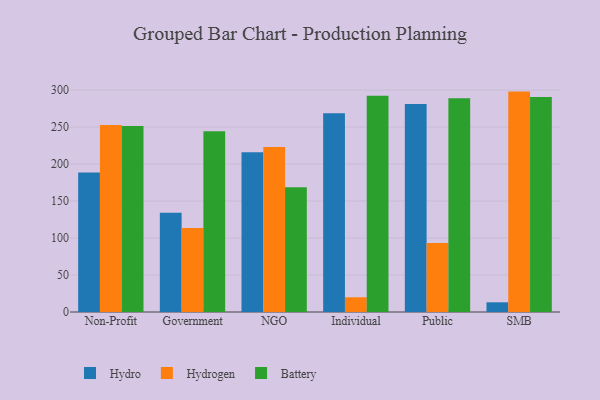
{"axis": {"x": "Segment", "y": "Latency (ms)"}, "legend": ["Battery", "Hydro", "Hydrogen"], "data": [{"x": "Non-Profit", "y": 188.4, "type": "Hydro"}, {"x": "Non-Profit", "y": 252.8, "type": "Hydrogen"}, {"x": "Non-Profit", "y": 251.4, "type": "Battery"}, {"x": "Government", "y": 134.3, "type": "Hydro"}, {"x": "Government", "y": 113.4, "type": "Hydrogen"}, {"x": "Government", "y": 244.2, "type": "Battery"}, {"x": "NGO", "y": 215.8, "type": "Hydro"}, {"x": "NGO", "y": 223.1, "type": "Hydrogen"}, {"x": "NGO", "y": 168.7, "type": "Battery"}, {"x": "Individual", "y": 268.8, "type": "Hydro"}, {"x": "Individual", "y": 19.9, "type": "Hydrogen"}, {"x": "Individual", "y": 292.3, "type": "Battery"}, {"x": "Public", "y": 281.2, "type": "Hydro"}, {"x": "Public", "y": 93.3, "type": "Hydrogen"}, {"x": "Public", "y": 288.8, "type": "Battery"}, {"x": "SMB", "y": 13.1, "type": "Hydro"}, {"x": "SMB", "y": 297.9, "type": "Hydrogen"}, {"x": "SMB", "y": 290.5, "type": "Battery"}]}